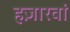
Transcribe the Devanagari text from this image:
हज़ारवां